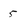
Character: 5